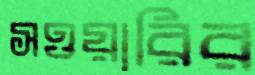
সওয়ারির